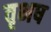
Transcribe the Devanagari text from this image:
वृभष